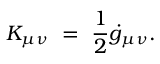
K _ { \mu \nu } ~ = ~ \frac { 1 } { 2 } \dot { g } _ { \mu \nu } .